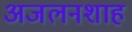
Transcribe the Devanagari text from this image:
अजलनशाह